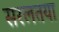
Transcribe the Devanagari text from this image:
सरलतया